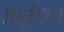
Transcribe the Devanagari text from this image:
प्रमुदिता